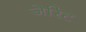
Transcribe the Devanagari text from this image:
जेरिट